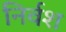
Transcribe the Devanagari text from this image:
निर्वश